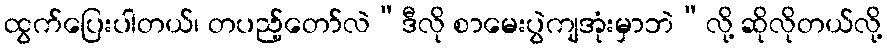
ထွက်ပြေးပါတယ်၊ တပည့်တော်လဲ“ဒီလို စာမေးပွဲကျအုံးမှာဘဲ”လို့ ဆိုလိုတယ်လို့